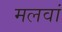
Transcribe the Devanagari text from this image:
मलवां